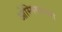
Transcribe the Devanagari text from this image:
ओस्मियमच्या